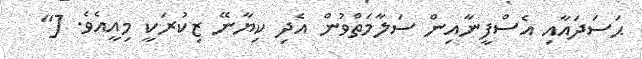
ޙަސަދައާއި އެސްފީނާއިން ސަލާމަތްވުން އެދި ކިޔާނޭ ޒިކުރަކީ މިއީއެވެ. ["